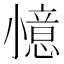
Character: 𭕌